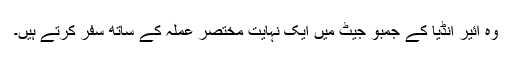
وہ ائیر انڈیا کے جمبو جیٹ میں ایک نہایت مختصر عملہ کے ساتھ سفر کرتے ہیں۔